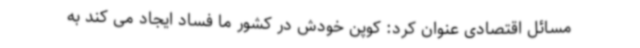
مسائل اقتصادی عنوان کرد: کوپن خودش در کشور ما فساد ایجاد می کند به